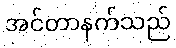
အင်တာနက်သည်